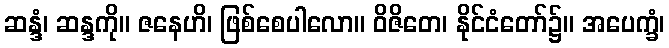
ဆန္ဒံ၊ ဆန္ဒကို။ ဇနေဟိ၊ ဖြစ်စေပါလော။ ဝိဇိတေ၊ နိုင်ငံတော်၌။ အပေက္ခံ၊